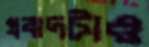
প্রবাদটাও